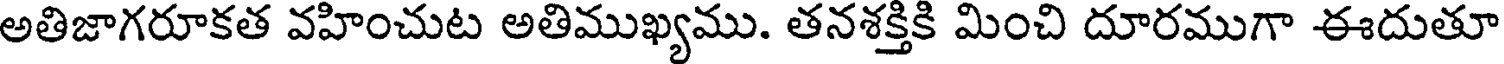
అతిజాగరూకత వహించుట అతిముఖ్యము. తనశక్తికి మించి దూరముగా ఈదుతూ